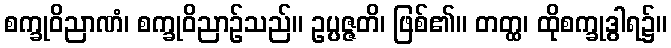
စက္ခုဝိညာဏံ၊ စက္ခုဝိညာဉ်သည်။ ဥပ္ပဇ္ဇတိ၊ ဖြစ်၏။ တတ္ထ၊ ထိုစက္ခုဒွါရ၌။